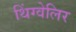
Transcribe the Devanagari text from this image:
थिंग्वेलिर